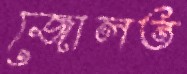
জোলত